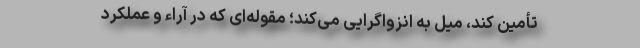
تأمین کند، میل به انزواگرایی می‌کند؛ مقوله‌ای که در آراء و عملکرد